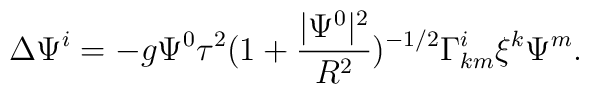
\Delta \Psi^i=- g\Psi^0\tau^2(1+\frac{|\Psi^0|^2}{R^2})^{-1/2}\Gamma^i_{km}\xi^k \Psi^m.